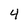
Character: 4